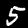
Label: 5